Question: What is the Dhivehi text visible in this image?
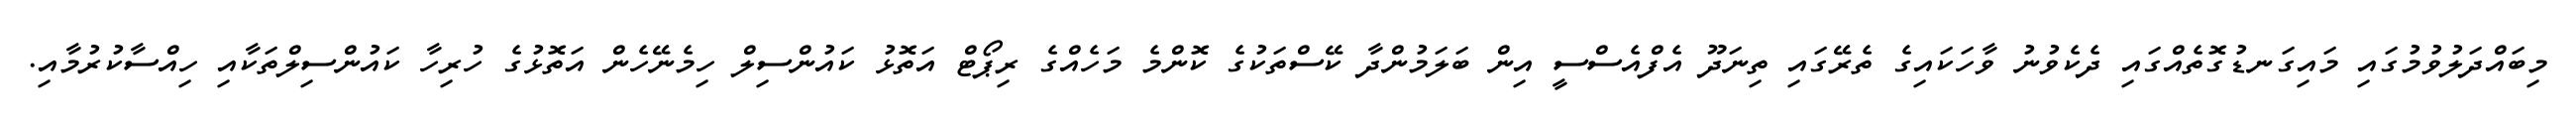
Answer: މިބައްދަލުވުމުގައި މައިގަނޑުގޮތެއްގައި ދެކެވުނު ވާހަކައިގެ ތެރޭގައި ތިނަދޫ އެފްއެސްސީ އިން ބަލަމުންދާ ކޭސްތަކުގެ ކޮންމެ މަހެއްގެ ރިޕޯޓް އަތޮޅު ކައުންސިލް ހިމެނޭހެން އަތޮޅުގެ ހުރިހާ ކައުންސިލްތަކާއި ހިއްސާކުރުމާއި.